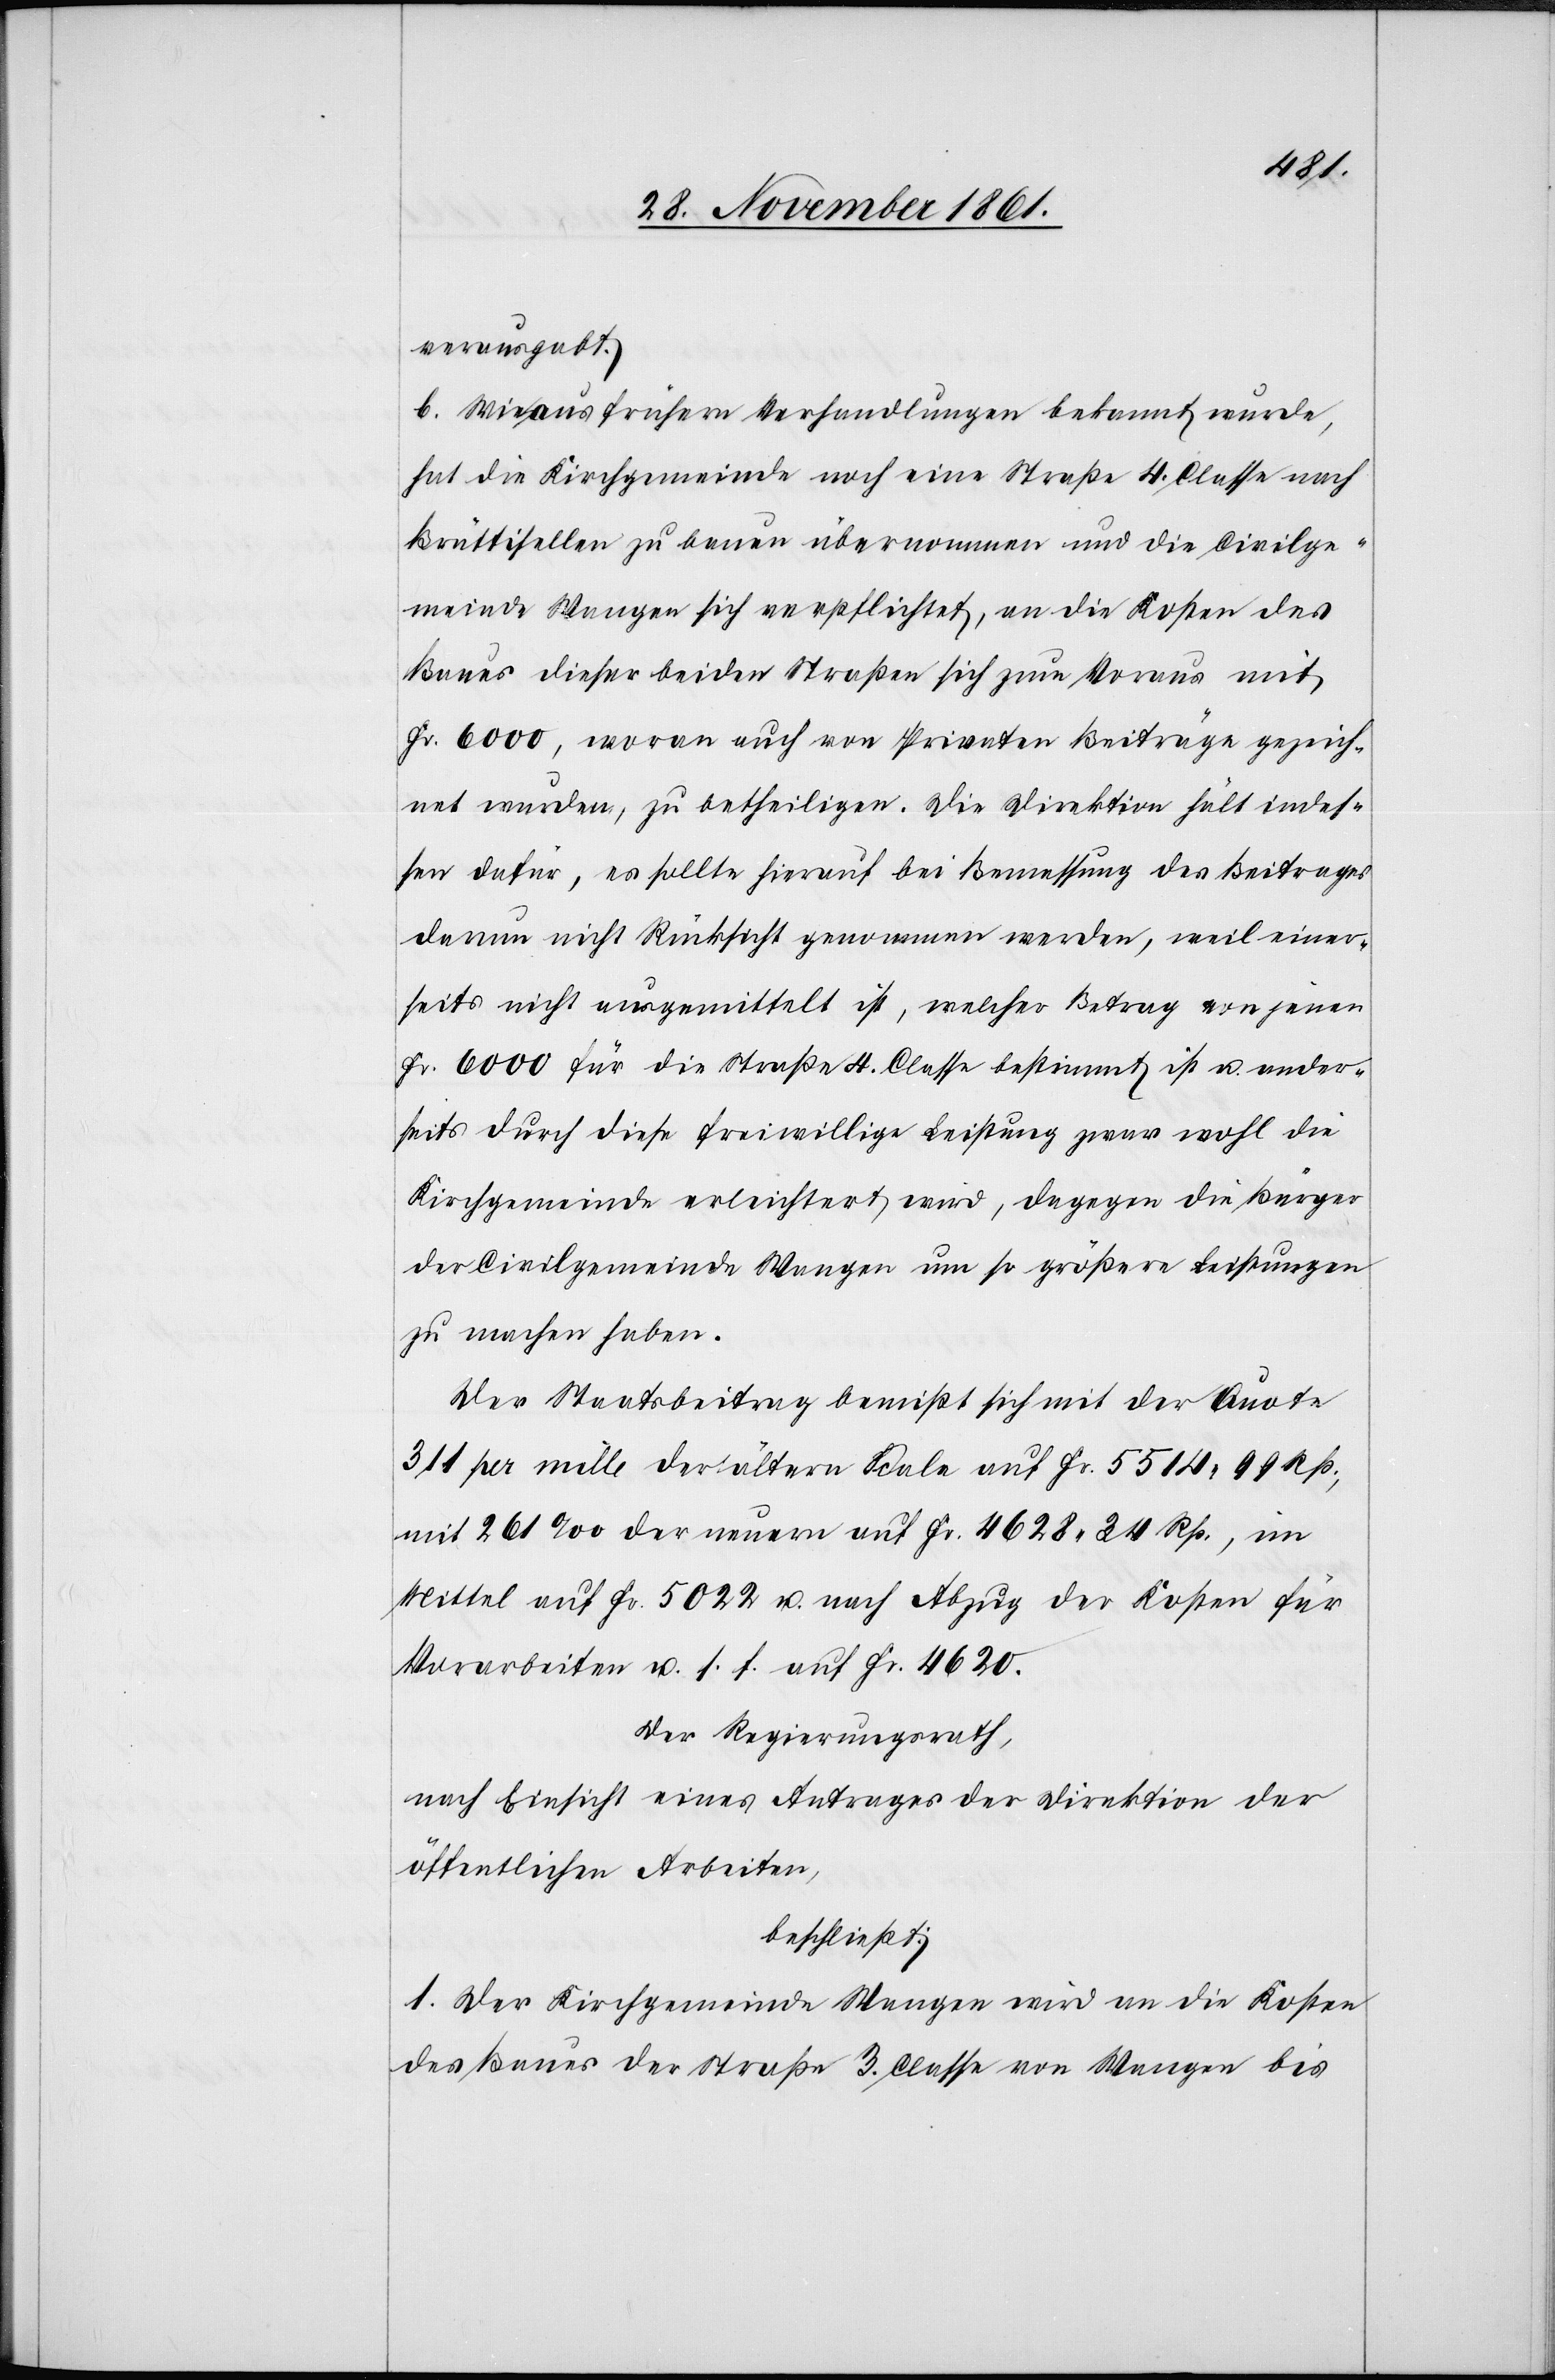
verausgabt.
b. Wie aus frühern Verhandlungen bekannt wurde,
hat die Kirchgemeinde noch eine Straße 4 Classe nach
Brüttisellen zu bauen übernommen und die Civilge¬
meinde Wangen sich verpflichtet, an die Kosten des
Baues dieser beiden Straßen sich zum Voraus mit
Fr. 6000, wovon auch von Privaten Beiträge gezeich¬
net wurden, zu betheiligen. Die Direktion hält indes¬
sen dafür, es sollte hierauf bei Bemessung des Beitrages
darum nicht Rücksicht genommen werden, weil einer¬
seits nicht ausgemittelt ist, welcher Betrag von jenen
Fr. 6000 für die Straße 4 Classe bestimmt ist u. ander¬
seits durch diese freiwillige Leistung zwar wohl die
Kirchgemeinde erleichtert wird, dagegen die Bürger
der Civilgemeinde Wangen um so größere Leistungen
zu machen haben.
Der Staatsbeitrag bemißt sich mit der Quote
311 pro mille der ältern Scala auf Fr. 5514. 99 Rp.,
mit 261‰ der neuern auf Fr. 4628. 34 Rp., im
Mittel auf Fr. 5022 u. nach Abzug der Kosten für
Vorarbeiten u. s. f. auf Fr. 4620.
Der Regierungsrath,
nach Einsicht eines Antrages der Direktion der
öffentlichen Arbeiten,
beschließt:
1. Der Kirchgemeinde Wangen wird an die Kosten
des Baues der Straße 3 Classe von Wangen bis